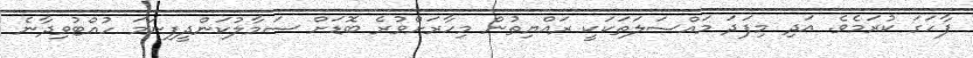
ފާހަގަ ކުރަމެވެ. އަދި މިފަދަ މައްސަލަތަކަކީ ރައްޔިތުން މިހާރަށްވުރެ ބޮޑަށް ސަމާލުކަންދީފިނަމަ ހުއްޓުވިދާނެ